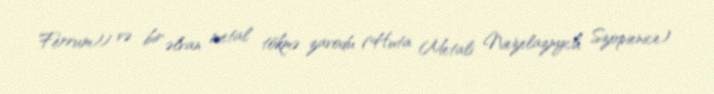
Ferrum)) və bir əlvan metal tökmə zavodu (Huta Metali Nieżelaznych Szopienice)